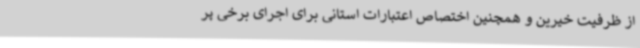
از ظرفیت خیرین و همچنین اختصاص اعتبارات استانی برای اجرای برخی پر